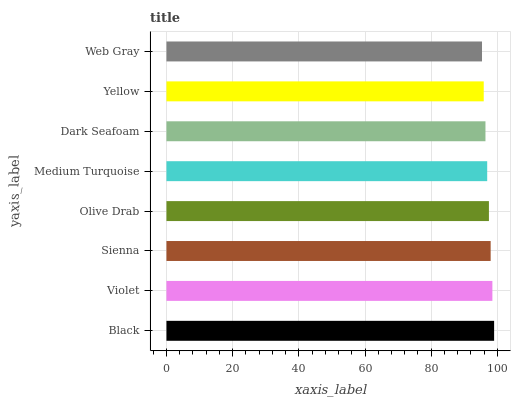
| yaxis_label | bars |
 | --- | --- |
 | Black | 99 |
 | Violet | 98.5 |
 | Sienna | 98 |
 | Olive Drab | 97.4 |
 | Medium Turquoise | 96.9 |
 | Dark Seafoam | 96.4 |
 | Yellow | 95.9 |
 | Web Gray | 95.3 |